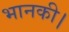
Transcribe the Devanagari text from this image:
भानकी।